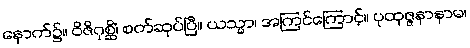
နောက်၌။ ဝိဇိဂုစ္ဆိံ၊ စက်ဆုပ်ပြီ။ ယသ္မာ၊ အကြင်ကြောင့်။ ပုထုဇ္ဇနာနာမ၊